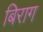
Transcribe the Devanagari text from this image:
बिराग